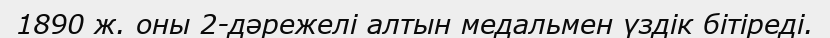
1890 ж. оны 2-дәрежелі алтын медальмен үздік бітіреді.